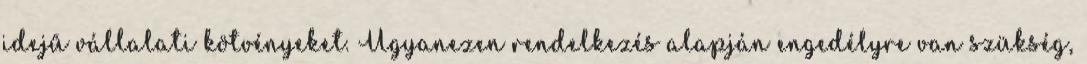
idejű vállalati kötvényeket. Ugyanezen rendelkezés alapján engedélyre van szükség,